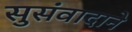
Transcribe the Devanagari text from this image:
सुसंवादाने